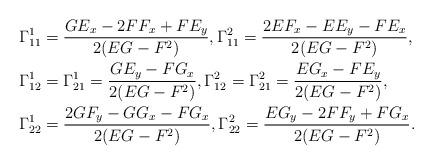
LaTeX: \begin{align*}& \Gamma^1_{11}=\frac{GE_x-2FF_x+FE_y}{2(EG-F^2)}, \Gamma^2_{11}=\frac{2EF_x-EE_y-FE_x}{2(EG-F^2)},\\& \Gamma^1_{12}=\Gamma^1_{21}=\frac{GE_y-FG_x}{2(EG-F^2)}, \Gamma^2_{12}=\Gamma^2_{21}=\frac{EG_x-FE_y}{2(EG-F^2)}, \\& \Gamma^1_{22}=\frac{2GF_y-GG_x-FG_x}{2(EG-F^2)}, \Gamma^2_{22}=\frac{EG_y-2FF_y+FG_x}{2(EG-F^2)}. \end{align*}